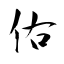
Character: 佑